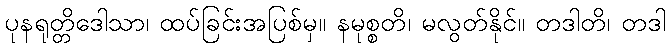
ပုနရုတ္တိဒေါသာ၊ ထပ်ခြင်းအပြစ်မှ။ နမုစ္စတိ၊ မလွတ်နိုင်။ တဒါတိ၊ တဒါ